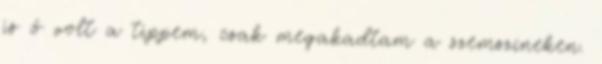
is ő volt a tippem, csak megakadtam a szemszíneken.